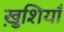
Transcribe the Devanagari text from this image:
ख़ुशियाँ